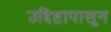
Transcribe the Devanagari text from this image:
उद्दिष्टापासून